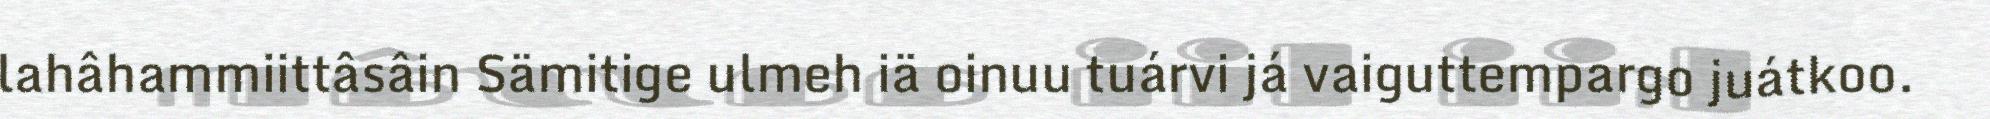
lahâhammiittâsâin Sämitige ulmeh iä oinuu tuárvi já vaiguttempargo juátkoo.